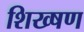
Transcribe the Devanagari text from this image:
शिख्षण